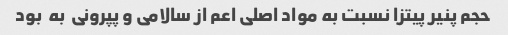
حجم پنیر پیتزا نسبت به مواد اصلی اعم از سالامی و پپرونی  به  بود